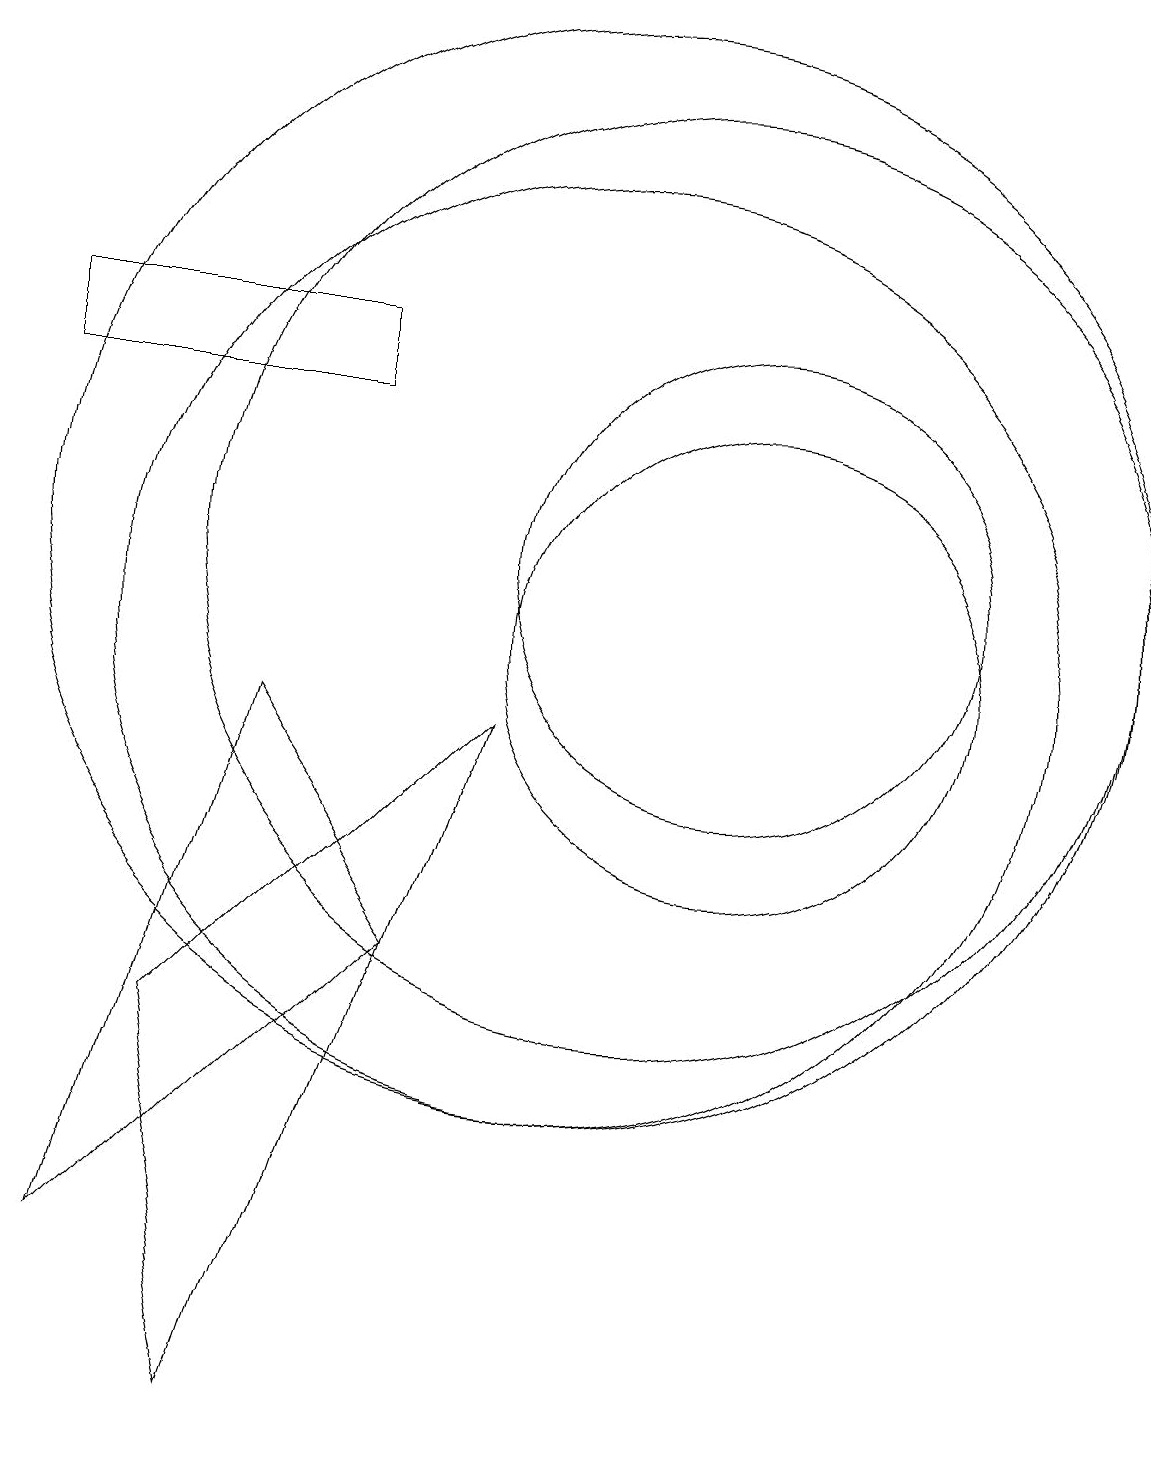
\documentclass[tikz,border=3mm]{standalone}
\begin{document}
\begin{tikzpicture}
\draw (10,10) circle (6);
\draw (12,11) circle (3);
\draw (12,10) circle (3);
\draw (5,5) -- (9,9) -- (6,0) -- cycle;
\draw (4,2) -- (6,9) -- (8,6) -- cycle;
\draw (3,14) rectangle (7,13);
\draw (11,11) circle (6);
\draw (10,11) circle (7);
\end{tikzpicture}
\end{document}